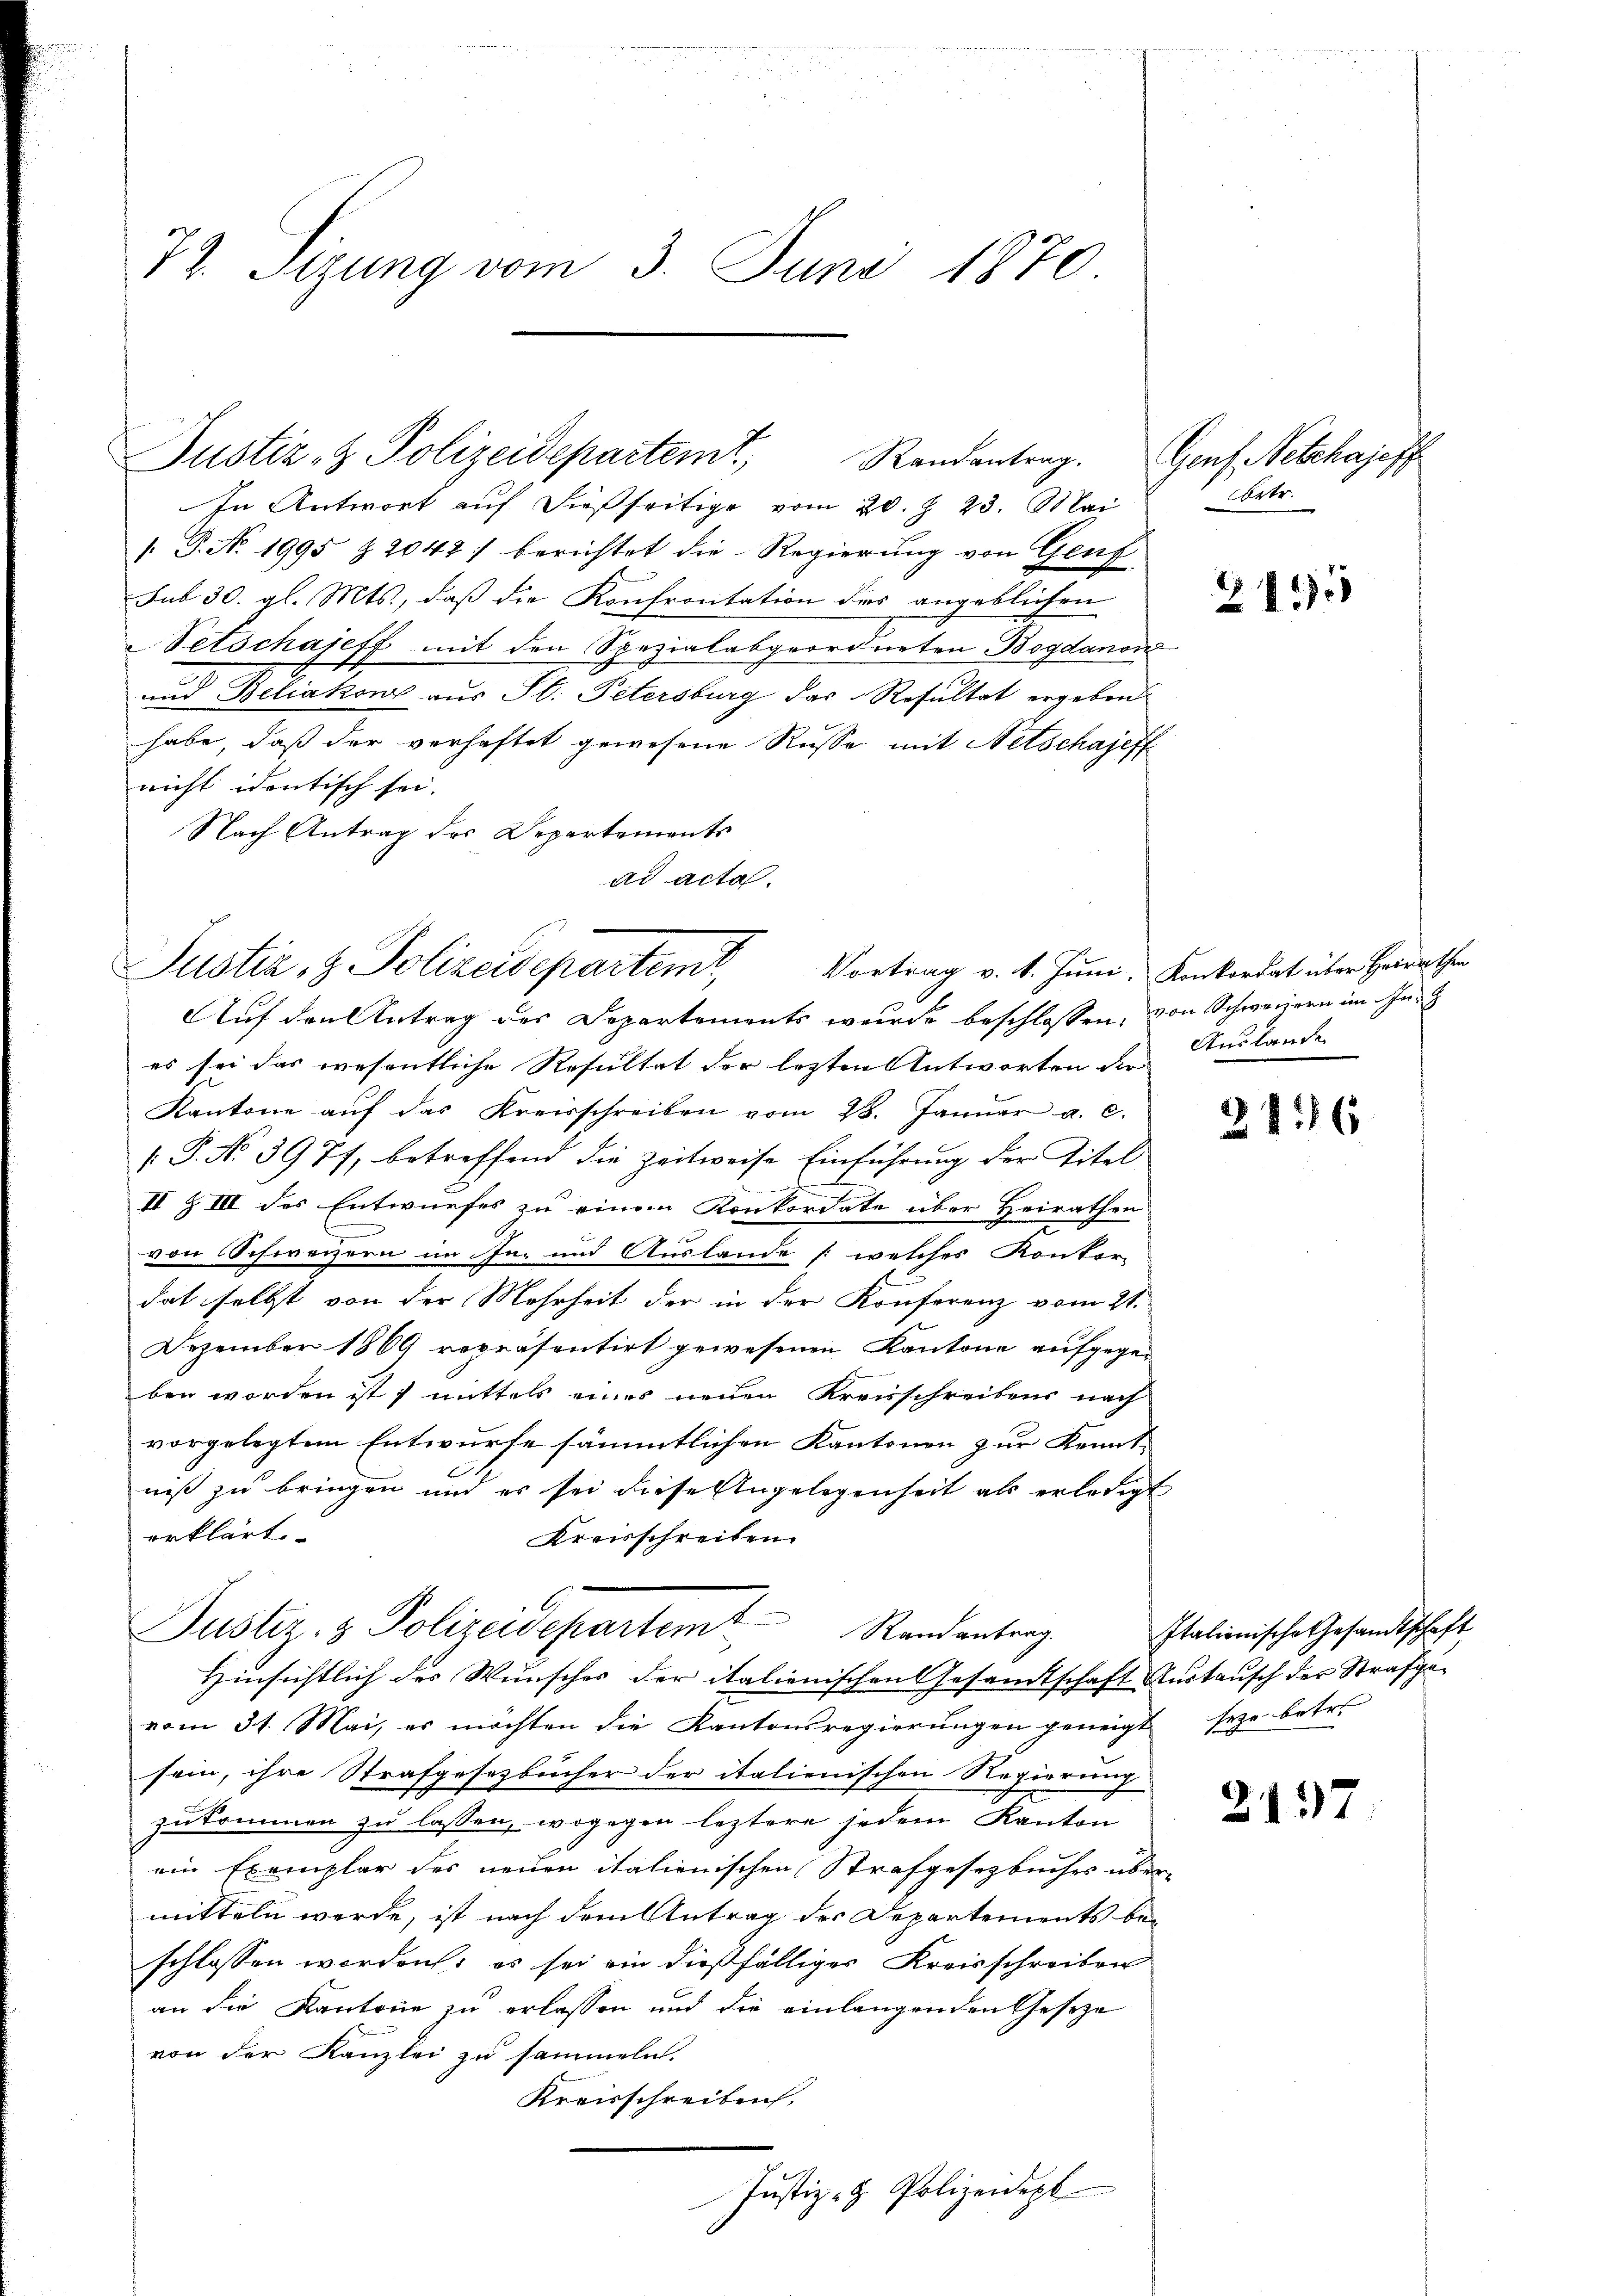
72. Sizung vom 3. Juni 1870.

In Antwort auf dießseitige vom 20. Z. 23. Mai
[ P. No. 1995 § 2042) berichtet die Regierung von Genf
sub 30. gl. Mts., daß die Konfrontation des angeblichen
Petschajeff mit den Spezialabgeordneten Bogdanon
und Beliakon aus St. Petersburg das Resultat ergeben
habe, daß der verhaftet gewesene Russe mit Netschajeff
nicht identisch sei.
Nach Antrag des Departements
ad acta.

Justiz- & Polizeidepartem Vortrag v. 4. Jun. Konkordat über Heiderthe
Auf den Antrag des Departements wurde beschlossen, von Schwarzern im In

Justiz- & Polizeidepartemt, Randantrag. Graf Netzhajest

es sei das wesentliche Resultat der lezten Antworten der
Kantone aŭf das Kreisschreiben vom 28. Janŭar a. c.
[.P. No 3977, betreffend die Zeitweise Einführung der Titel
II Z III des Entwurfes zu einem Konkordate über Heirathen
von Schweizern im In- und Auslande (welches Kontor
dat selbst von der Mehrheit der in der Konferenz vom 21.
Dezember 1869 repräsentirt gewesenen Kantone aufgegeben worden ist, mittels eines neuen Kreisschreibens nach
vorgelegtem Entwurfe sämmtlichen Kantonen zur Kenntniß zu bringen und es sei diese Angelegenheit als erledigt
erklärt.
Kreisschreiben.
Justiz- & Polizeidepartem Randantrag
Hinsichtlich des Wunsches der italienischen Gesandtschaft Austausch der Strafgevom 31. Mai, es möchten die Kantonsregierŭngen geneigt seye betr.
sein, ihre Strafgesetzbücher der italienischen Regierung
zukommen zu lassen, wogegen leztere jedem Kanton
ein Exemplar des neuen italienischen Strafgesetzbuches über
mitteln werde, ist nach dem Antrag der Departements beschlossen worden; es sei ein dießfälliger Kreisschreiben
an die Kantone zu erlassen und die einlangenden Geseze
von der Kanzlei zu sammeln.
Kreisschreibuch,
Justiz- & Polizeidepl

rtr.

2115

Auslande

2136

Italienische Gesandtschaft

1

2197